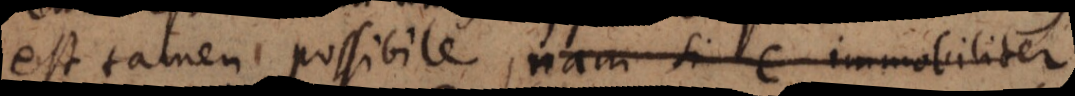
est tamen possibile, nam si c immobiliter